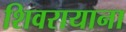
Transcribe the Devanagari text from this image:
शिवरायाना